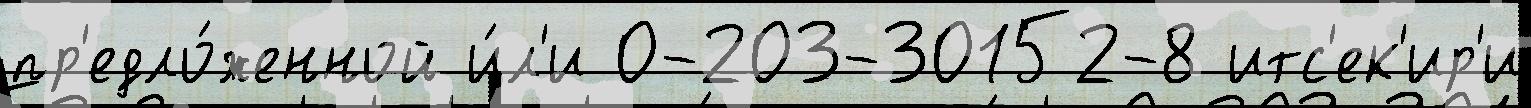
пр'едло́женной и́л'и 0-203-30152-8 итс'ек'ир'и